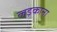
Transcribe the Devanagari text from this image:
लड़काना